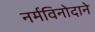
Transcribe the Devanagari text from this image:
नर्मविनोदाने